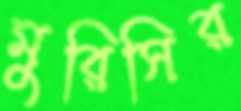
মুরিসির